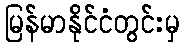
မြန်မာနိုင်ငံတွင်းမှ